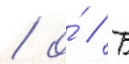
/ о́ // Б